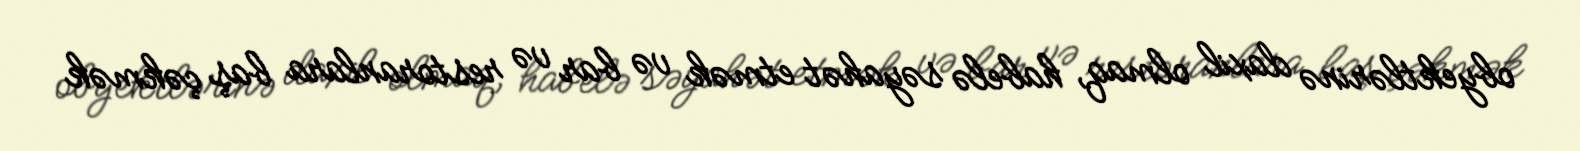
obyektlərinə daxil olmaq, habelə səyahət etmək və bar və restoranlara baş çəkmək